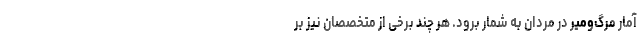
آمار مرگ‌ومیر در مردان به شمار برود. هر چند برخی از متخصصان نیز بر